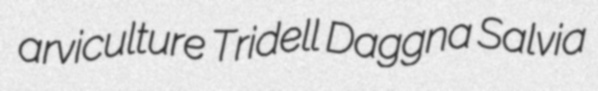
arviculture Tridell Daggna Salvia